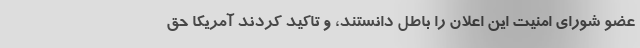
عضو شورای امنیت این اعلان را باطل دانستند، و تاکید کردند آمریکا حق